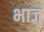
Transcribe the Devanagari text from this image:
भाज